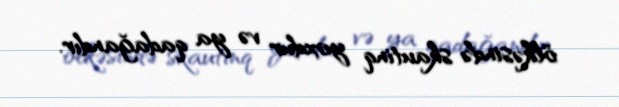
ölkəsində skautinq yoxdur və ya qadağandır.